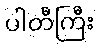
ပါတီကြီး